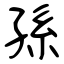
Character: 孫